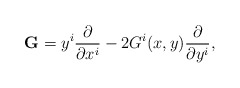
\begin{align*}{\bf G}=y^i {{\partial} \over {\partial x^i}}-2G^i(x,y){{\partial} \over {\partial y^i}},\end{align*}